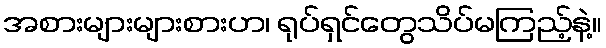
အစားများများစားဟ၊ ရုပ်ရှင်တွေသိပ်မကြည့်နဲ့။